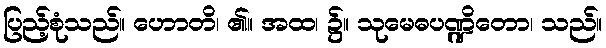
ပြည့်စုံသည်။ ဟောတိ၊ ၏။ အထ၊ ၌။ သုမေဓပဏ္ဍိတော၊ သည်။